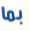
بما